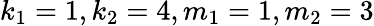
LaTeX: k_{1}=1,k_{2}=4,m_{1}=1,m_{2}=3